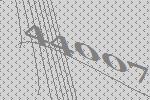
44007